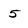
Character: 5